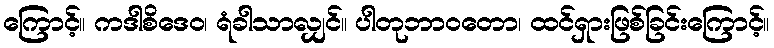
ကြောင့်။ ကဒါစိဒေဝ၊ ရံခါသာလျှင်။ ပါတုဘာဝတော၊ ထင်ရှားဖြစ်ခြင်းကြောင့်။